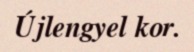
Újlengyel kor.